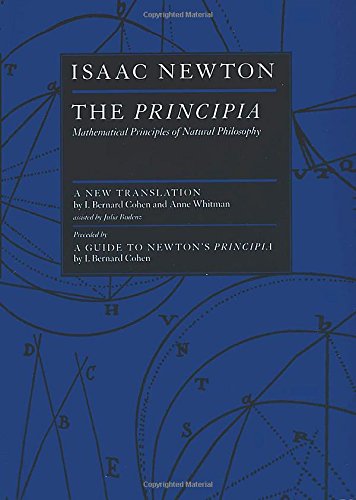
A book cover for The Principia : Mathematical Principles of Natural Philosophy; Isaac Newton; Science & Math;